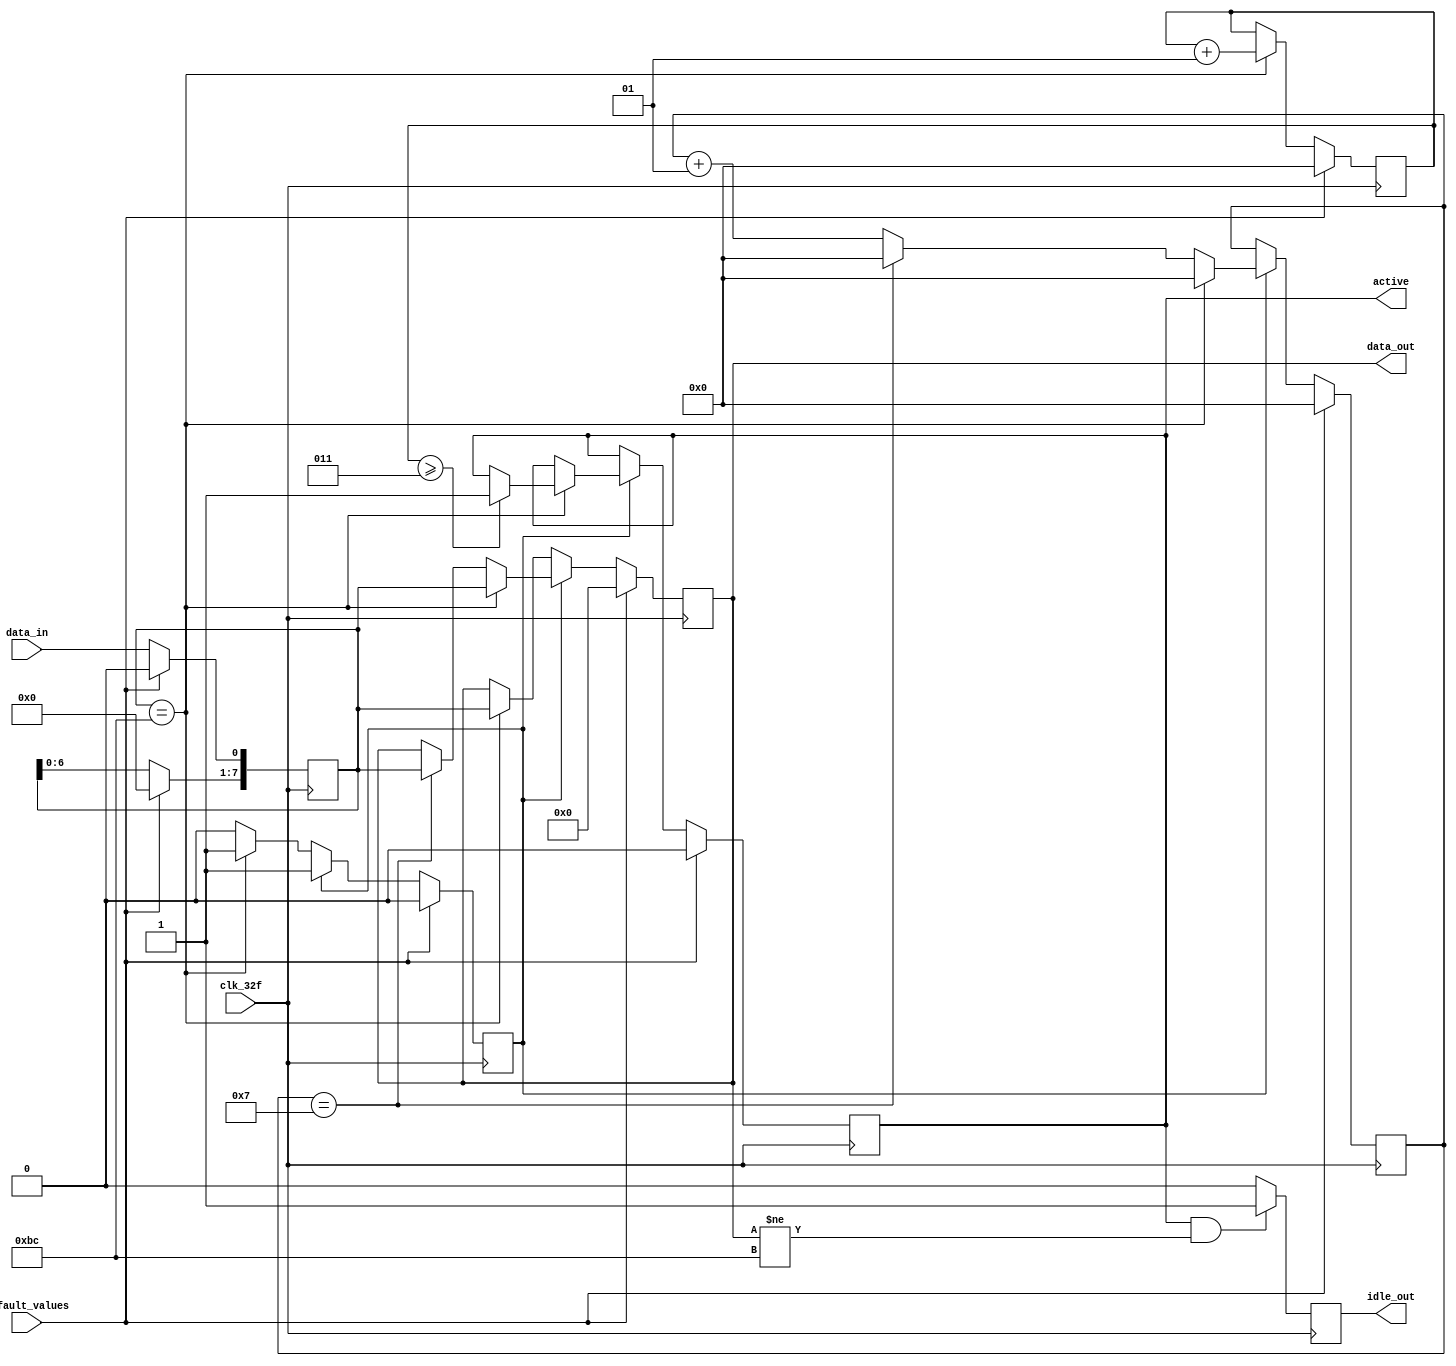
module Serial_Paralelo_phy_tx_cond (	input clk_32f,
					input 		 data_in,
					input 		 default_values,
					output reg 	 active,
					output reg 	 idle_out,
					output reg [7:0] data_out
					);
   
   reg [7:0] 						 buffer;
   reg 							 BC_flag;
   integer 						 BC_counter;
   integer 						 data_bits_counter;
   
   always @ (posedge clk_32f) begin
      if (default_values == 1) begin
	 data_bits_counter <= 0;
	 BC_counter <= 0;
	 BC_flag <= 0;
	 buffer <= 0;
	 active <= 0;
	 data_out <= 0;
      end
      else begin
	 buffer <= buffer << 1;
	 buffer[0] <= data_in;
	 if (BC_flag == 0) begin
	    if (buffer == 8'hBC) begin
	       BC_counter <= BC_counter + 1;
	       data_out <= buffer;
	       BC_flag <= 1;
	    end
	 end
	 else begin
	    data_bits_counter <= data_bits_counter + 1;
	    if (buffer == 8'hBC) begin
	       data_bits_counter <= 0;
	       BC_counter <= BC_counter + 1;
	       data_out <= buffer;
	       if (BC_counter >= 3) begin
		  active <= 1;
	       end
	    end
	    else if (data_bits_counter == 7) begin
	       data_bits_counter <= 0;
	       data_out <= buffer;

	    end
	 end // else: !if(BC_flag == 0)
      end // else: !if(default_values == 1)

      if (active & data_out != 8'hBC) begin
	 idle_out <= 1;
      end
      
      else
	idle_out <= 0;
      
   end // always @ (posedge clk_32f)
   
endmodule // Serial_Paralelo_phy_rx